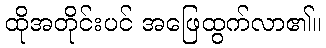
ထိုအတိုင်းပင် အဖြေထွက်လာ၏။